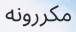
مكررونه